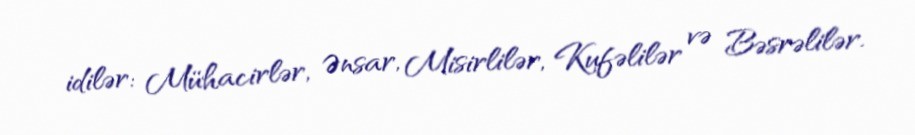
idilər: Mühacirlər, Ənsar, Misirlilər, Kufəlilər və Bəsrəlilər.